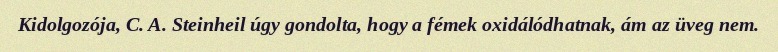
Kidolgozója, C. A. Steinheil úgy gondolta, hogy a fémek oxidálódhatnak, ám az üveg nem.